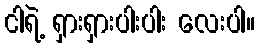
ငါရဲ့ ရှားရှားပါးပါး လေးပါ။